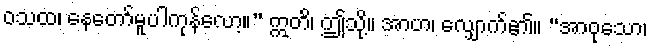
ဝသထ၊ နေတော်မူပါကုန်လော့။” ဣတိ၊ ဤသို့။ အာဟ၊ လျှောက်၏။ “အာဝုသော၊